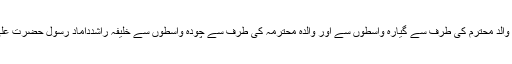
آپ کا سلسلہ نسب والد محترم کی طرف سے گیارہ واسطوں سے اور والدہ محترمہ کی طرف سے چودہ واسطوں سے خلیفۂ راشدداماد رسولؐ حضرت علی ؓسے جاملتا ہے۔